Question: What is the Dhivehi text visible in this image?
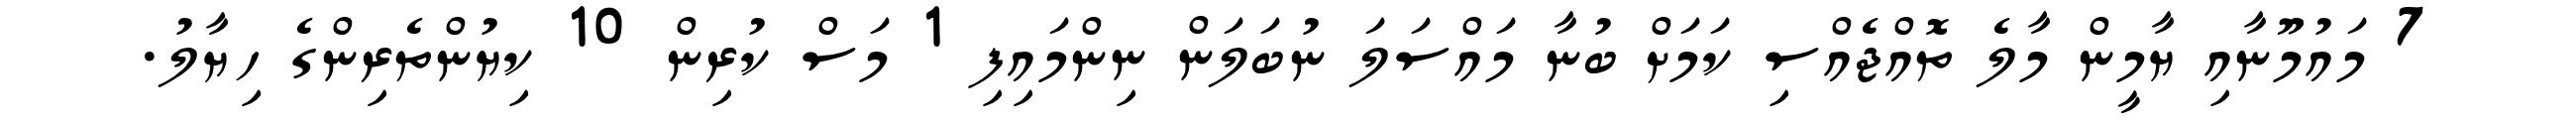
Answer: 7 މައުމޫނާއި ޔާމީން މާލެ ތޮއްޖެއްސި ކަމަށް ބުނާ މައްސަލަ ނުބަލަން ނިންމައިފި 1 މަސް ކުރިން 10 ކިޔުންތެރިންގެ ހިޔާލު.